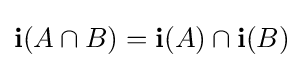
\mathbf {i} (A\cap B)=\mathbf {i} (A)\cap \mathbf {i} (B)